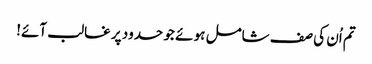
تم اُن کی صف شامل ہو ئے جو حدود پر غالب آئے!